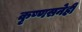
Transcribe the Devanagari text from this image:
कृष्णसनेही